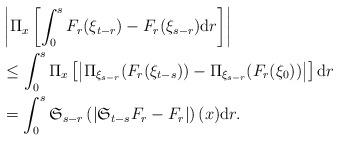
LaTeX: \begin{align*}&\left|\Pi_{x}\left[\int_{0}^{s}F_{r}(\xi_{t-r})-F_{r}(\xi_{s-r}){\rm d}r\right]\right|\\&\le\int_{0}^{s}\Pi_{x}\left[\left|\Pi_{\xi_{s-r}}(F_{r}(\xi_{t-s}))-\Pi_{\xi_{s-r}}(F_{r}(\xi_{0}))\right|\right]{\rm d}r\\&=\int_{0}^{s}\mathfrak{S}_{s-r}\left(\left|\mathfrak{S}_{t-s}F_{r}-F_{r}\right|\right)(x){\rm d}r.\end{align*}